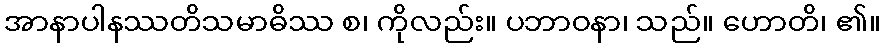
အာနာပါနဿတိသမာဓိဿ စ၊ ကိုလည်း။ ပဘာဝနာ၊ သည်။ ဟောတိ၊ ၏။